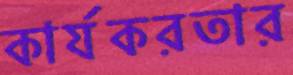
কার্যকরতার